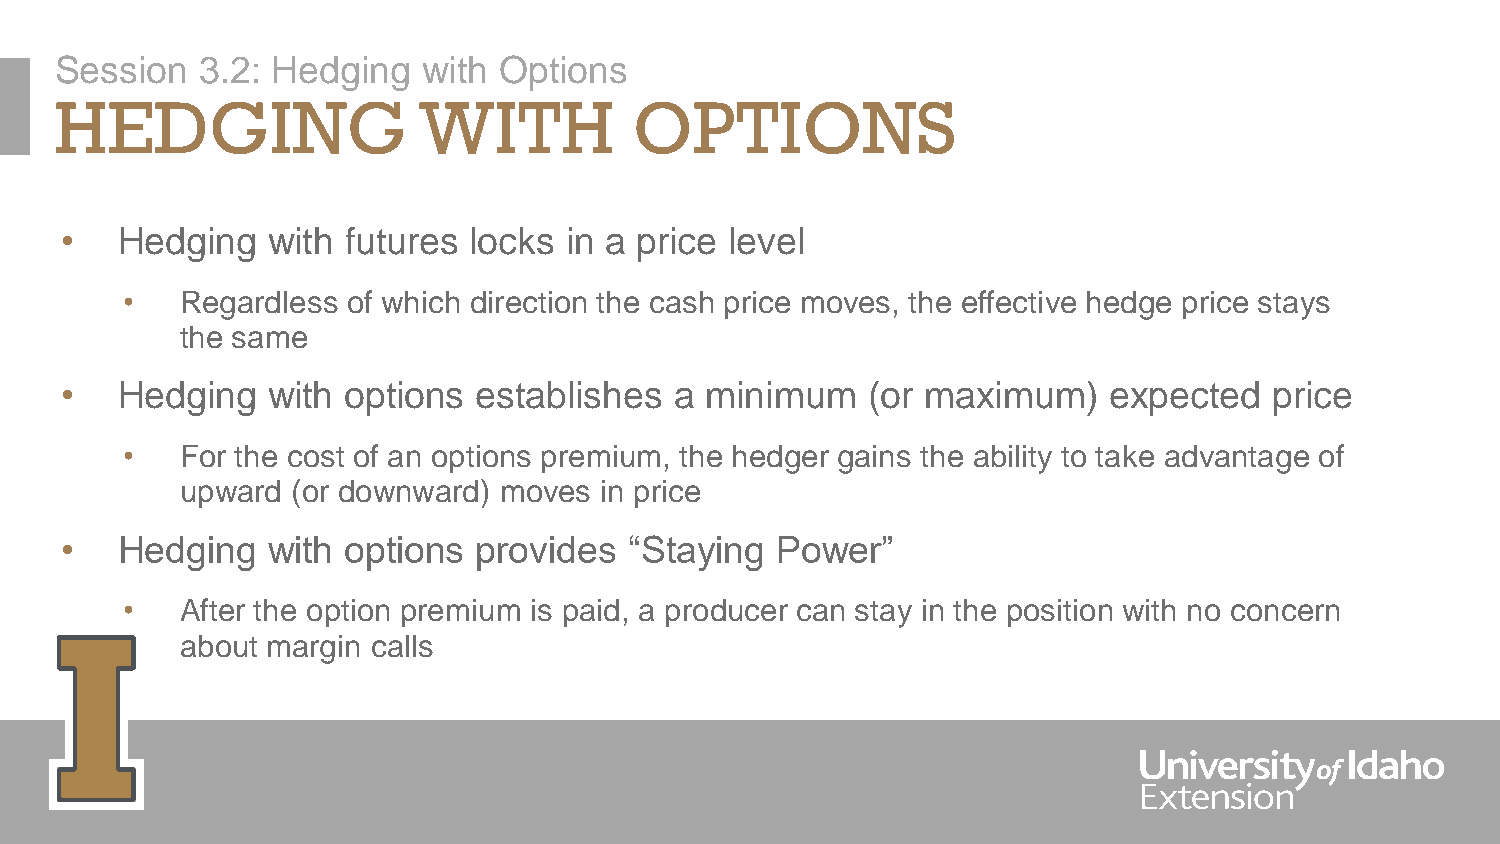
Session  3.2: Hedging   with Options
 HEDGING                 WITH          OPTIONS
 •   Hedging   with futures locks in a price level
 •   Regardless of which direction the cash price moves, the effective hedge price stays
 the same
 •   Hedging   with options  establishes  a minimum   (or maximum)    expected   price
 •   For the cost of an options premium, the hedger gains the ability to take advantage of
 upward (or downward) moves  in price
 •   Hedging   with options  provides  “Staying Power”
 •   After the option premium is paid, a producer can stay in the position with no concern
 about margin calls